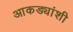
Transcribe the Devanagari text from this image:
आकड्यांशी